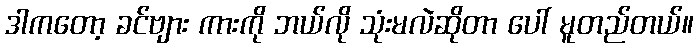
ဒါကတော့ ခင်ဗျား ကားကို ဘယ်လို သုံးမလဲဆိုတာ ပေါ် မူတည်တယ်။